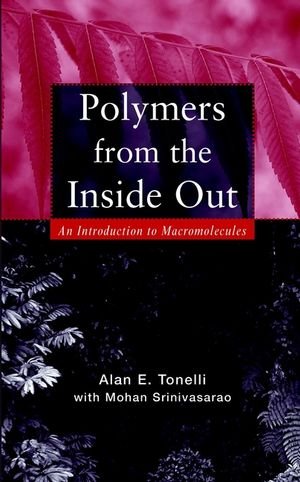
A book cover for Polymers From the Inside Out: An Introduction to Macromolecules; Alan E. Tonelli; Science & Math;